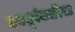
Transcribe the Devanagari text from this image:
एक्यूपंक्चरिस्ट